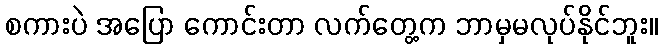
စကားပဲ အပြော ကောင်းတာ လက်တွေ့က ဘာမှမလုပ်နိုင်ဘူး။